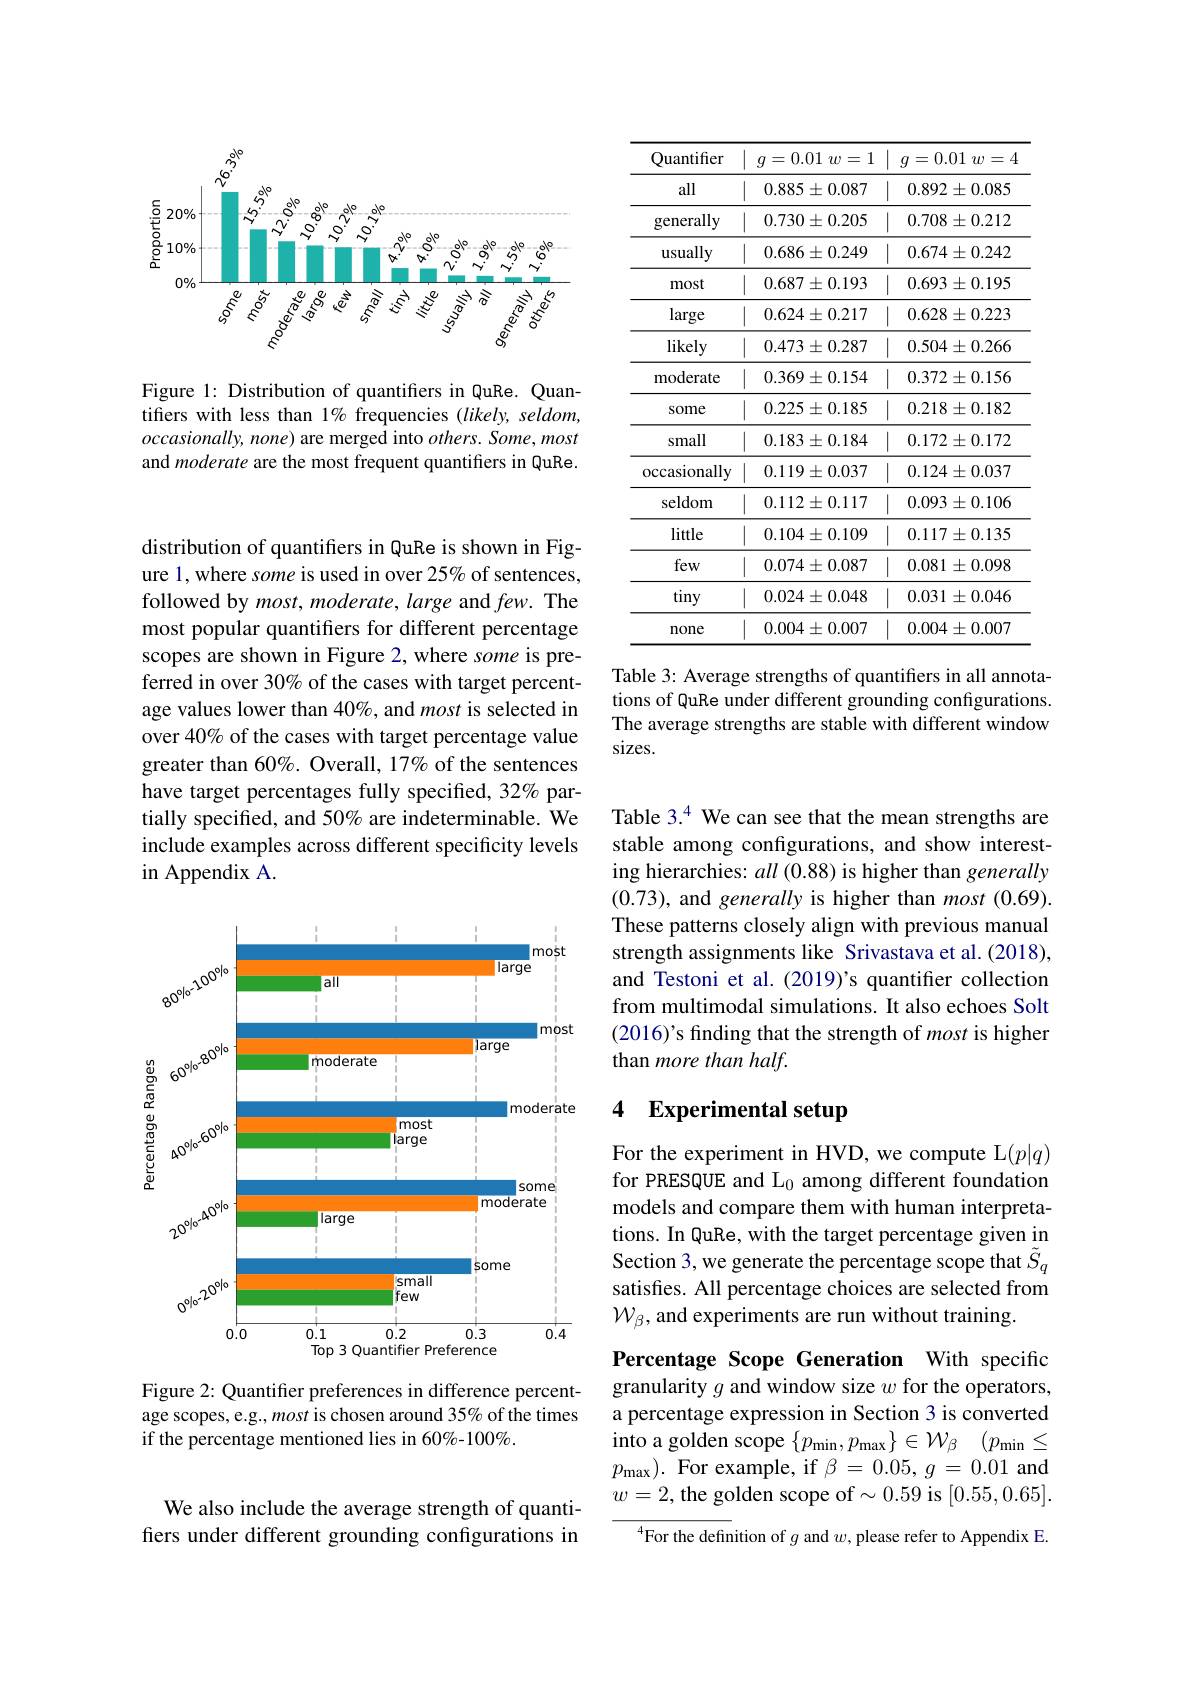
<FigureHere>

Figure 1: Distribution of quantifiers in QuRe. Quantifiers with less than 1% frequencies (likely, seldom, $occasionally$, none) are merged into $others. \textit{Some, most}$ and moderate are the most frequent quantifiers in QuRe.

distribution of quantifers in QuRe is shown in Figure 1, where some is used in over 25% of sentences, followed by most, moderate, large and $few.$ The most popular quantifiers for different percentage scopes are shown in Figure 2, where some is preferred in over 30% of the cases with target percentage values lower than 40%, and most is selected in over 40% of the cases with target percentage value greater than 60%. Overall, 17% of the sentences have target percentages fully specified, 32% partially specified, and 50% are indeterminable. We include examples across different specificity levels in Appendix A.

<FigureHere>

Figure 2: Quantifier preferences in difference percentage scopes, e.g., most is chosen around 35% of the times if the percentage mentioned lies in 60%-100%.

We also include the average strength of quantifers under different grounding configurations in

<table>
	<tbody>
		<tr>
			<th>Quantifier</th>
			<th>$g= 0. 01$ $w= 1$</th>
			<th>$q=0.01$ $\textbf{l}w= 4$</th>
		</tr>
		<tr>
			<td>all</td>
			<td>$0.885\pm0.087$</td>
			<td>$0.892\pm0.085$</td>
		</tr>
		<tr>
			<td>generally</td>
			<td>$0.730\pm0.205$</td>
			<td>$0.708\pm0.212$</td>
		</tr>
		<tr>
			<td>usually</td>
			<td>$0.686\pm0.249$</td>
			<td>$0.674\pm0.242$</td>
		</tr>
		<tr>
			<td>most</td>
			<td>$0.687\pm0.193$</td>
			<td>$0.693\pm0.195$</td>
		</tr>
		<tr>
			<td>large</td>
			<td>$0.624\pm0.217$</td>
			<td>$0.628\pm0.223$</td>
		</tr>
		<tr>
			<td>likely</td>
			<td>$0.473\pm0.287$</td>
			<td>$0.504\pm0.266$</td>
		</tr>
		<tr>
			<td>${\mathrm{moderate}}$</td>
			<td>$0.369\pm0.154$</td>
			<td>$0.372\pm0.156$</td>
		</tr>
		<tr>
			<td>Some</td>
			<td>$0.225\pm0.185$</td>
			<td>$0.218\pm0.182$</td>
		</tr>
		<tr>
			<td>small</td>
			<td>$0.183\pm0.184$</td>
			<td>$0.172\pm0.172$</td>
		</tr>
		<tr>
			<td>occasionally</td>
			<td>$0.119\pm0.037$</td>
			<td>$0.124\pm0.037$</td>
		</tr>
		<tr>
			<td>seldom</td>
			<td>$0.112\pm0.117$</td>
			<td>$0.093\pm0.106$</td>
		</tr>
		<tr>
			<td>little</td>
			<td>$0.104\pm0.109$</td>
			<td>$0.117\pm0.135$</td>
		</tr>
		<tr>
			<td>few</td>
			<td>$0.074\pm0.087$</td>
			<td>$0.081\pm0.098$</td>
		</tr>
		<tr>
			<td>tiny</td>
			<td>$0.024\pm0.048$</td>
			<td>$0.031\pm0.046$</td>
		</tr>
		<tr>
			<td>none</td>
			<td>$0.004\pm0.007$</td>
			<td>$0.004\pm0.007$</td>
		</tr>
	</tbody>
</table>
Table 3: Average strengths of quantifiers in all annota-

tions of QuRe under different grounding configurations. The average strengths are stable with different window sizes.

Table 3.$^{4}$ We can see that the mean strengths are stable among confgurations, and show interesting hierarchies: all (0.88) is higher than generally (0.73), and generally is higher than most (0.69). These patterns closely align with previous manual strength assignments like Srivastava et al.(2018), and Testoni et al.(2019)'s quantifier collection from multimodal simulations. It also echoes Solt (2016)'s finding that the strength of most is higher than more than half.

### 4 Experimental setup

For the experiment in HVD, we compute L$(p|q)$ for PRESQUE and L$_0$ among different foundation models and compare them with human interpretations. In QuRe, with the target percentage given in Section 3, we generate the percentage scope that $\tilde{S}_q$ satisfes. All percentage choices are selected from $\mathcal{W}_\beta$, and experiments are run without training.

Percentage Scope Generation With specific granularity $g$ and window size $w$ for the operators, a percentage expression in Section 3 is converted into a golden scope $\{ p_\mathrm{min}, p_\mathrm{max}\} \in \mathcal{W} _\beta$ $( p_\mathrm{min}\leq$ $p_{\mathrm{max}}).$ For example, if $\beta=0.05,g=0.01$ and $w=2$, the golden scope of$\sim0.59$ is [0.55,0.65].

$^{4}$For the definition of $g$ and $w$, please refer to Appendix E.